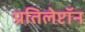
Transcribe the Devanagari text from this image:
प्रतिलेप्टॉन